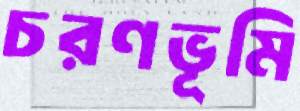
চরণভূমি